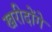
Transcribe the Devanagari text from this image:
खरीदोंगे